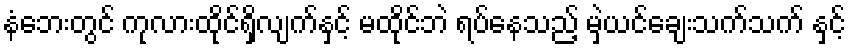
နံဘေးတွင် ကုလားထိုင်ရှိလျက်နှင့် မထိုင်ဘဲ ရပ်နေသည့် မှဲ့ယင်ချေးသက်သက် နှင့်